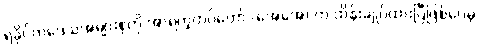
ရခိုင်ကဒေသအများစုကို အာရက္ခတပ်တော် (အေအေ) က ထိန်းချုပ်ထားပြီဖြစ်ပေမဲ့